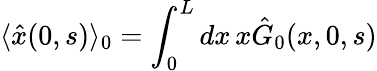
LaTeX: \langle\hat{x}(0,s)\rangle_{0}=\int_{0}^{L}dx\, x\hat{G}_{0}(x,0,s)